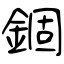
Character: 錮